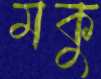
মকু